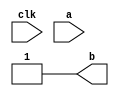
module lianxi08(clk,a,b);
input clk,a;
output b;
reg	b;
always@(a)begin
	b <= 1'b1;
	
end
always@(posedge clk)begin
	if(b==1'b1)begin
		b<=1'b0;
	end
end
endmodule